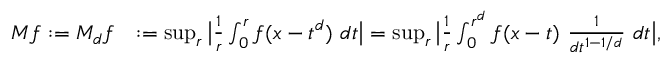
\begin{array} { r l } { M f \mathrel { \mathop : } = M _ { d } f } & { \mathrel { \mathop : } = \operatorname* { s u p } _ { r } \big | \frac { 1 } { r } \int _ { 0 } ^ { r } f ( x - t ^ { d } ) \ d t \big | = \operatorname* { s u p } _ { r } \big | \frac { 1 } { r } \int _ { 0 } ^ { r ^ { d } } f ( x - t ) \ \frac { 1 } { d t ^ { 1 - 1 / d } } \ d t \big | , } \end{array}